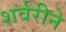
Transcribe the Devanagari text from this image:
शर्वरीने